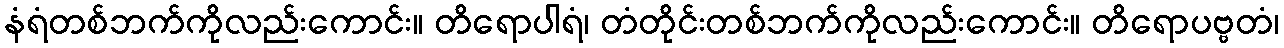
နံရံတစ်ဘက်ကိုလည်းကောင်း။ တိရောပါရံ၊ တံတိုင်းတစ်ဘက်ကိုလည်းကောင်း။ တိရောပဗ္ဗတံ၊